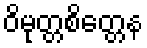
ဝိမုတ္တစိတ္တေန